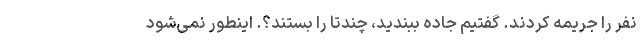
نفر را جریمه کردند. گفتیم جاده ببندید، چندتا را بستند؟. اینطور نمی‌شود